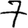
Digit: 7